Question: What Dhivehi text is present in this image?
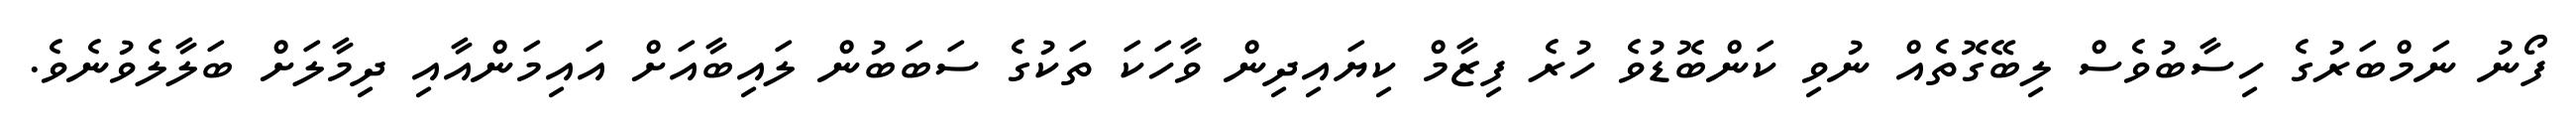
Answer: ފޯނު ނަމްބަރުގެ ހިސާބުވެސް ލިބޭގޮތެއް ނުވި ކަންބޮޑުވެ ހުރެ ފިޒާމް ކިޔައިދިން ވާހަކަ ތަކުގެ ސަބަބުން ލައިބާއަށް އައިމަންއާއި ދިމާލަށް ބަލާލެވުނެވެ.